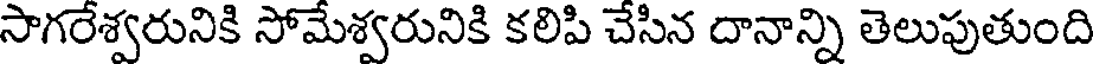
సాగరేశ్వరునికి సోమేశ్వరునికి కలిపి చేసిన దానాన్ని తెలుపుతుంది